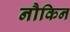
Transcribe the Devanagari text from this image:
नौकिन